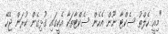
"މިއީ ހެލްތު ސެކްޓާ ނޫން އެހެން ސެކްޓާތަކާ އެކީގައި ގުޅިގެން ކުރަން ޖެހޭ